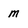
Character: M